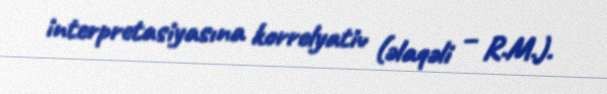
interpretasiyasına korrelyativ (əlaqəli – R.M.).